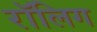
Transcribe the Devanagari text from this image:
रॉलिग